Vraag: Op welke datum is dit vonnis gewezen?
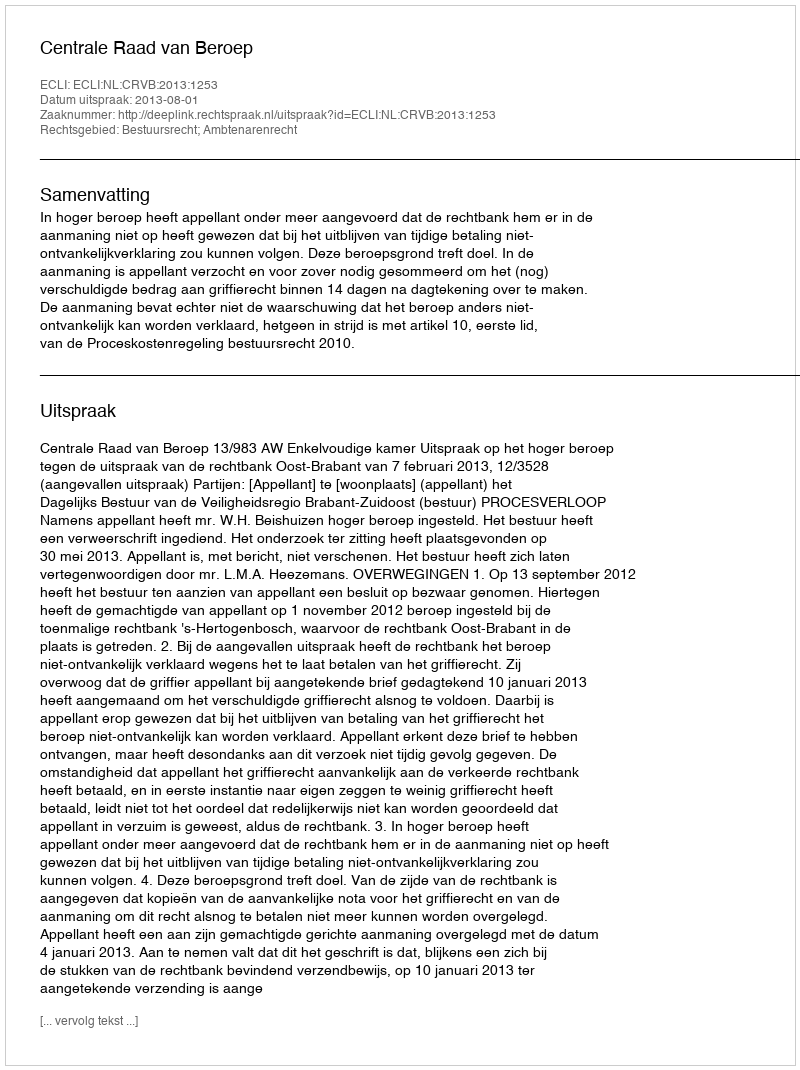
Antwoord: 2013-08-01